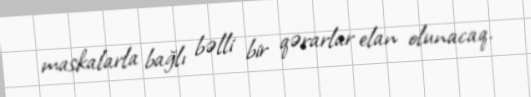
maskalarla bağlı bəlli bir qərarlar elan olunacaq.